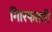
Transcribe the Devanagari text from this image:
गिारफतारी